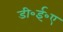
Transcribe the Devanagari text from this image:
डी॰ई॰ए